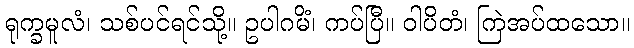
ရုက္ခမူလံ၊ သစ်ပင်ရင်သို့။ ဥပါဂမိံ၊ ကပ်ပြီ။ ဝါပိတံ၊ ကြဲအပ်ထသော။